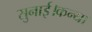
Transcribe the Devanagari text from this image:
सुनाई।कन्या